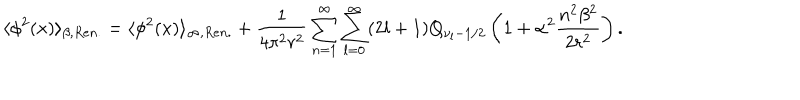
LaTeX: \langle \phi ^ { 2 } ( x ) \rangle _ { \beta , R e n . } = \langle \phi ^ { 2 } ( x ) \rangle _ { \infty , R e n . } + \frac { 1 } { 4 \pi ^ { 2 } r ^ { 2 } } \sum _ { n = 1 } ^ { \infty } \sum _ { l = 0 } ^ { \infty } ( 2 l + 1 ) Q _ { \nu _ { l } - 1 / 2 } \left( 1 + \alpha ^ { 2 } \frac { n ^ { 2 } \beta ^ { 2 } } { 2 r ^ { 2 } } \right) .